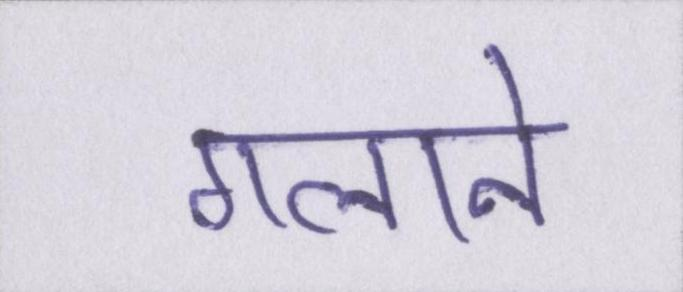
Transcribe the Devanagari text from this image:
गलाने